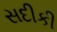
સદીકી